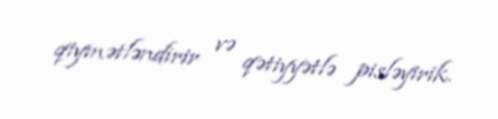
qiymətləndirir və qətiyyətlə pisləyirik.